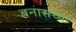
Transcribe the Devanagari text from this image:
बनासच्या